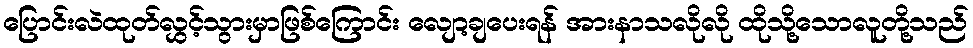
ပြောင်းလဲထုတ်လွှင့်သွားမှာဖြစ်ကြောင်း လျော့ချပေးရန် အားနာသလိုလို ထိုသို့သောလူတို့သည်